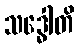
သဒ္ဓေါတိ